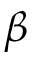
\beta